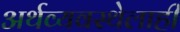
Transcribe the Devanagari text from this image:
अर्थव्यवस्थेलाही